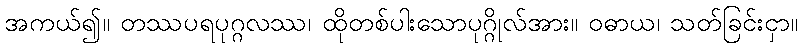
အကယ်၍။ တဿပရပုဂ္ဂလဿ၊ ထိုတစ်ပါးသောပုဂ္ဂိုလ်အား။ ဝဓာယ၊ သတ်ခြင်းငှာ။